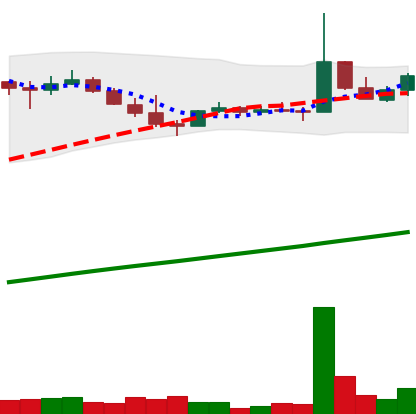
Ticker: DOGE-USD
Chart end date: 2021-04-05
Forward return: 6.95%
Label: up_5_7